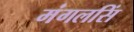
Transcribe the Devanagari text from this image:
मंगलसिं